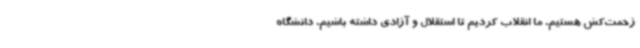
زحمت‌کش هستیم. ما انقلاب کردیم تا استقلال و آزادی داشته باشیم. دانشگاه